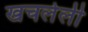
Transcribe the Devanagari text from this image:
खचलेली